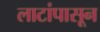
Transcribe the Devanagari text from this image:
लाटांपासून